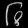
Digit: ၆